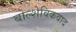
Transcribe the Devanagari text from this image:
बोल्शेविकवाद